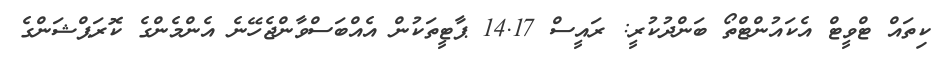
ކިތައް ޓްވީޓް އެކައުންޓްތޯ ބަންދުކުރީ: ރައީސް 14.17 ޕާޓީތަކުން އެއްބަސްވާންޖެހޭނެ އެންމެންގެ ކޮރަޕްޝަންގެ